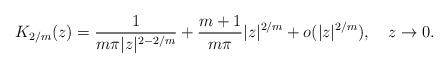
LaTeX: \begin{align*}K_{2/m}(z)=\frac{1}{m\pi|z|^{2-2/m}}+\frac{m+1}{m\pi}|z|^{2/m}+o(|z|^{2/m}),\ \ \ z\rightarrow0.\end{align*}